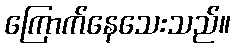
ကြောက်နေသေးသည်။